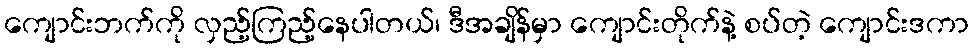
ကျောင်းဘက်ကို လှည့်ကြည့်နေပါတယ်၊ ဒီအချိန်မှာ ကျောင်းတိုက်နဲ့ စပ်တဲ့ ကျောင်းဒကာ